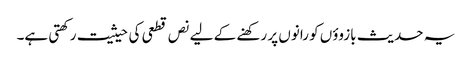
یہ حدیث بازوؤں کو رانوں پر رکھنے کے لیے نص قطعی کی حیثیت رکھتی ہے۔